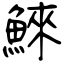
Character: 鯠